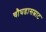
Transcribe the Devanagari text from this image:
चौघडासम्राट